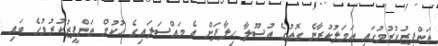
ތަންފީޒުކުރުމުގައި އަމަލުކުރާނެ ގޮތުގެ އުސޫލާ ހިލާފަށް އެ މައްސަލައިގެ ހުކުމް ތަންފީޒުކުރުމުގެ ބައި